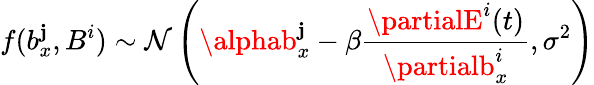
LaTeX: f(b_{x}^{\mathbf{j}},B^{i})\sim\mathcal{{N}}\left(\alphab_{x}^{\mathbf{j}}-\beta\frac{{\partialE^{i}(t)}}{{\partialb_{x}^{i}}},\sigma^{2}\right)